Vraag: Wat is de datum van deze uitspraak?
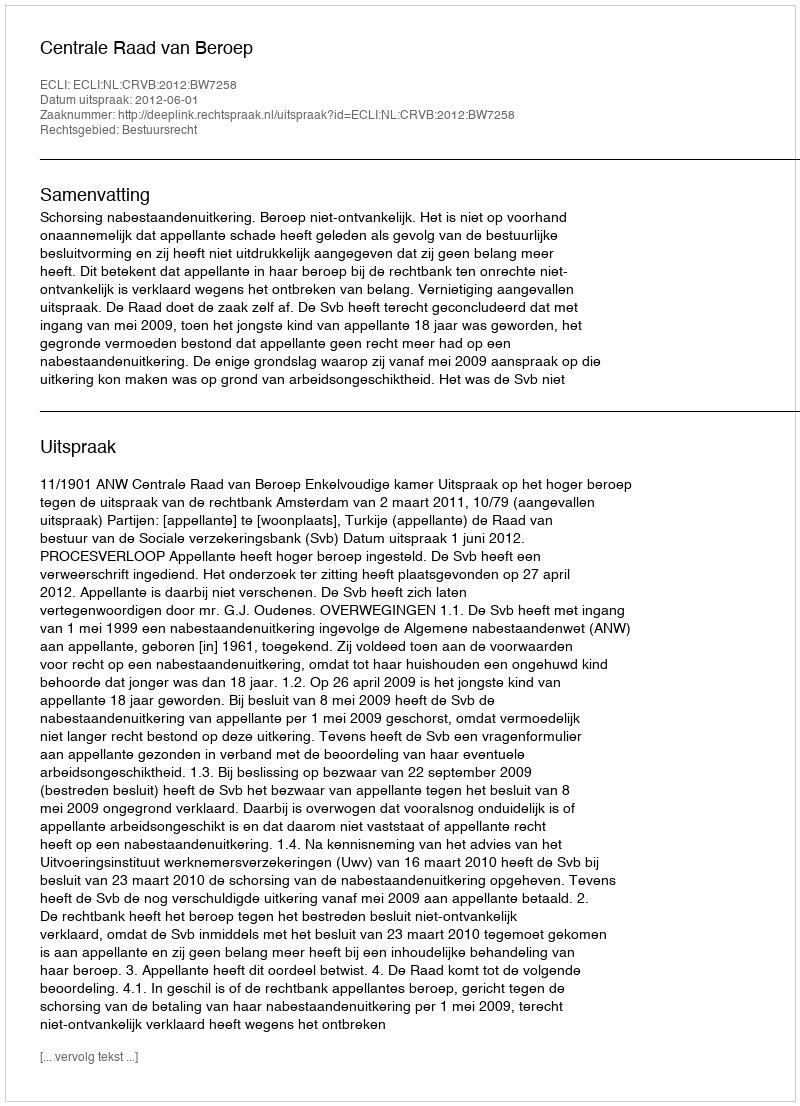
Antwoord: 2012-06-01